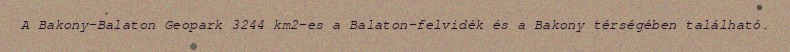
A Bakony–Balaton Geopark 3244 km2-es a Balaton-felvidék és a Bakony térségében található.